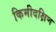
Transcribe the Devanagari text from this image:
किमीदक्षिण